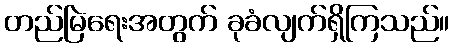
တည်မြဲရေးအတွက် ခုခံလျက်ရှိကြသည်။